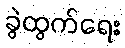
ခွဲထွက်ရေး